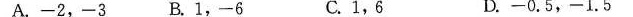
A.-2，-3 B.1，-6 C.1，6 D.-0.5，-1.5